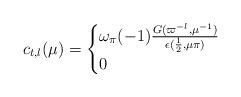
LaTeX: \begin{align*}c_{t,l}(\mu) = \begin{cases}\omega_{\pi}(-1)\frac{G(\varpi^{-l},\mu^{-1})}{\epsilon(\frac{1}{2},\mu\pi)} & \\ 0 &\end{cases} \end{align*}